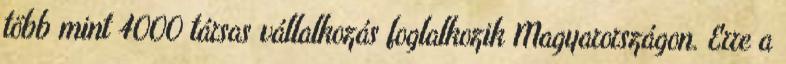
több mint 4000 társas vállalkozás foglalkozik Magyarországon. Erre a